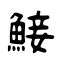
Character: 鯜